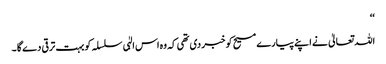
‘‘
اللہ تعالیٰ نے اپنے پیارے مسیح کو خبر دی تھی کہ وہ اس الہٰی سلسلہ کو بہت ترقی دے گا ۔